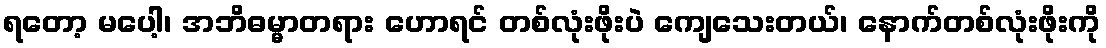
ရတော့ မပေါ့၊ အဘိဓမ္မာတရား ဟောရင် တစ်လုံးဖိုးပဲ ကျေသေးတယ်၊ နောက်တစ်လုံးဖိုးကို